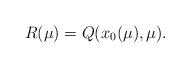
LaTeX: \begin{align*}R(\mu)=Q(x_0(\mu),\mu).\end{align*}